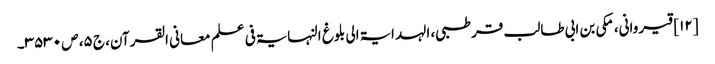
[۱۲] قیروانی، مکی بن ابی طالب قرطبی، الہدایۃ الی بلوغ النہایۃ فی علم معانی القرآن، ج ۵، ص ۳۵۳۰۔